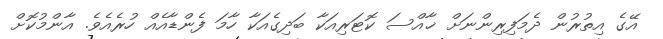
އޭގެ އިތުރުން ދެމަފިރިންނަށް ޚާއްސަ ކޮޓަރިއަކާ ބަދިގެއަކާ ހާމަ ފެންޑާއެއް ހުރެއެވެ. އާންމުކޮށް